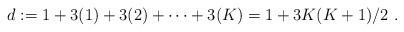
LaTeX: \begin{align*}d:= 1 +3(1) + 3(2) + \dots + 3(K)= 1 + 3K(K+1)/2 \ .\end{align*}